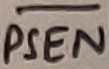
Text: PSEN